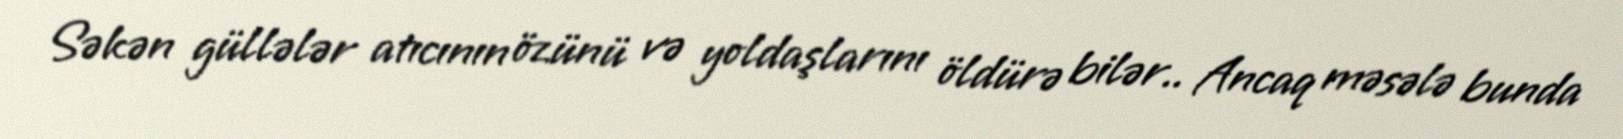
Səkən güllələr atıcının özünü və yoldaşlarını öldürə bilər.. Ancaq məsələ bunda